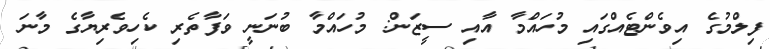
ފިލްމުގެ އިވެންޓެއްގައި މުހައްމާ އާއި ސީޒަން: މުހައްމާ ބުނަނީ ވަފާތެރި ކެހިވެރިޔާގެ މާނަ